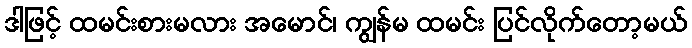
ဒါဖြင့် ထမင်းစားမလား အမောင်၊ ကျွန်မ ထမင်း ပြင်လိုက်တော့မယ်